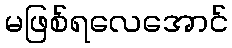
မဖြစ်ရလေအောင်